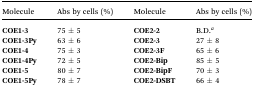
| Molecule | Abs by cells (%) | Molecule | Abs by cells (%) |
 | --- | --- | --- | --- |
 | COE1-3 | 75 ± 5 | COE2-2 | B.D.a |
 | COE1-3Py | 63 ± 6 | COE2-3 | 27 ± 8 |
 | COE1-4 | 75 ± 3 | COE2-3F | 65 ± 6 |
 | COE1-4Py | 72 ± 5 | COE2-Bip | 85 ± 5 |
 | COE1-5 | 80 ± 7 | COE2-BipF | 70 ± 3 |
 | COE1-5Py | 78 ± 7 | COE2-DSBT | 66 ± 4 |